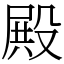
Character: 殿